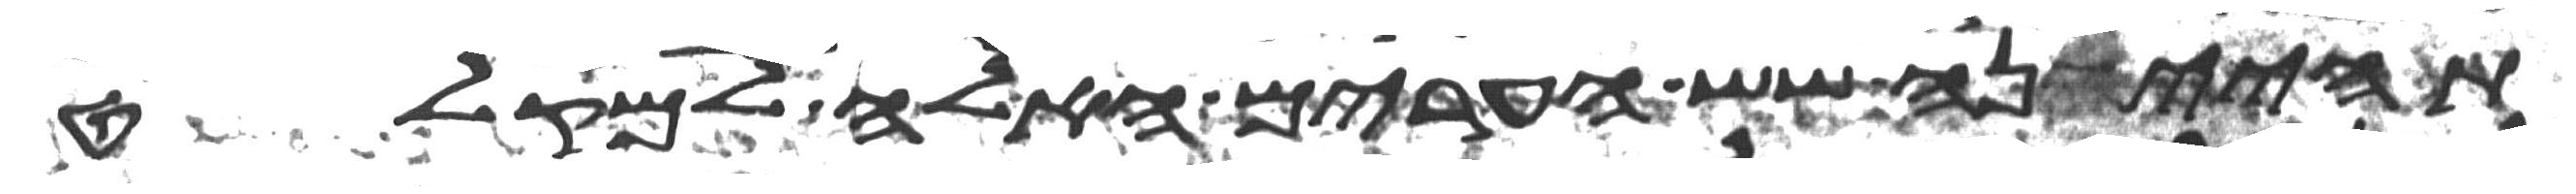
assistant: תהיינה שש הערים האלה למקלט